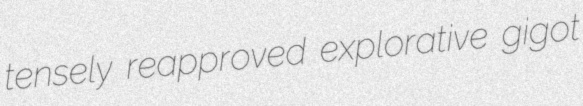
tensely reapproved explorative gigot